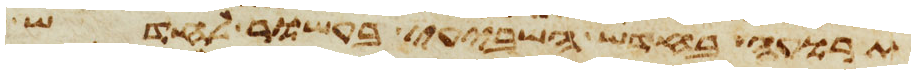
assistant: תרועה בחדש השביעי בעשור לחדש